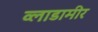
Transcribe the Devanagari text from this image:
व्लाडामीर